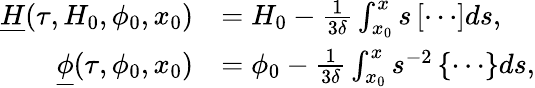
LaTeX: \begin{array}{rl}{\underline{H}(\tau,H_{0},\phi_{0},x_{0})}&{=H_{0}-\frac{1}{3\delta}\int_{x_{0}}^{x}s\left[\cdots\right]ds,}\\ {\underline{\phi}(\tau,\phi_{0},x_{0})}&{=\phi_{0}-\frac{1}{3\delta}\int_{x_{0}}^{x}s^{-2}\left\{ \cdots\right\} ds,}\end{array}